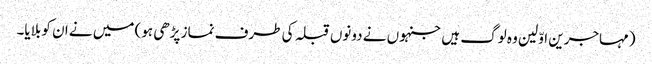
(مہاجرین اوّلین وہ لوگ ہیں جنہوں نے دونوں قبلہ کی طرف نماز پڑھی ہو) میں نے ان کو بلایا۔